system: You are a helpful assistant.
user:
Analyze the provided spectrum to determine if it is a **Carbon Star (C-type)**.

- **Key Visual Indicators of Carbon Star:**
    - **(Primary):** Strong molecular absorption from **C₂ (diatomic carbon) "Swan Bands."** This is the **defining feature** of a carbon star.
        - **(Key Bandheads):** Sharp absorption edges are visible at approximately $5635$ Å, $5165$ Å (the strongest band), and $4737$ Å.
        - **(Line Profile):** Creates a distinct **"saw-tooth"** pattern. The key morphology is a sharp, steep bandhead on the **red (long-wavelength) side**, which then gradually tapers off (i.e., flux recovers) towards the **blue (short-wavelength) side**. *(This is the direct opposite of the TiO bands seen in M-type stars)*.

    - **(Secondary):** Intense **CN (cyanogen)** molecular absorption bands.
        - **(Key Bandheads):** Located in the blue and violet regions of the spectrum (e.g., near $4215$ Å and $3883$ Å).
        - **(Morphology):** These bands are extremely broad and act as a "blanket," absorbing the vast majority of blue and violet light. This creates a characteristic **"cliff"** or **"steep drop-off"** in the spectrum's flux at short wavelengths.

    - **(Key Confirmation):** Strong **CH absorption band (G-band)**.
        - **(Key Bandhead):** Located around $4300$ Å. The contribution from CH molecules to this band is exceptionally strong.

    - **(Overall Spectrum):**
        - The continuum is severely "chopped up" by these deep molecular bands, especially C₂, rather than appearing as a smooth curve.
        - Due to the heavy CN and C₂ absorption in the blue-green, the vast majority of the star's flux is concentrated in the red part of the spectrum, giving the star its characteristic deep red color.

Think first, call **spectral_visualization_tool** if needed to examine features in detail, then provide your final answer. Your response must adhere to the following strict rules:
1.  **Overall Structure:** Your response must follow the format `<think>...</think> <tool_call>...</tool_call> (if a tool is used) <answer>...</answer>`.
2.  **Tool Usage Constraint:** You may only make **one** tool call per turn.
3.  **Final Answer Format:** In the `<answer>` tag, your conclusion must be inside a `\boxed{}` command (e.g., `\boxed{YES}`), followed by your justification.

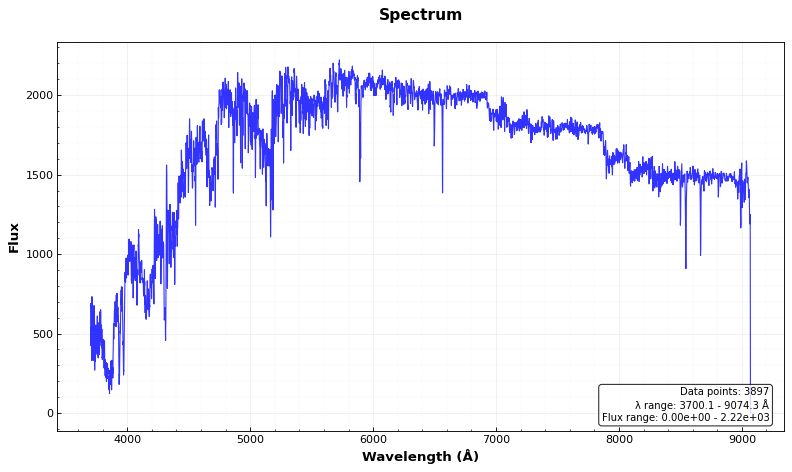
Answer: YES